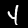
Digit: 4